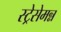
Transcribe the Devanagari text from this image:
स्ट्रेसेमन्न